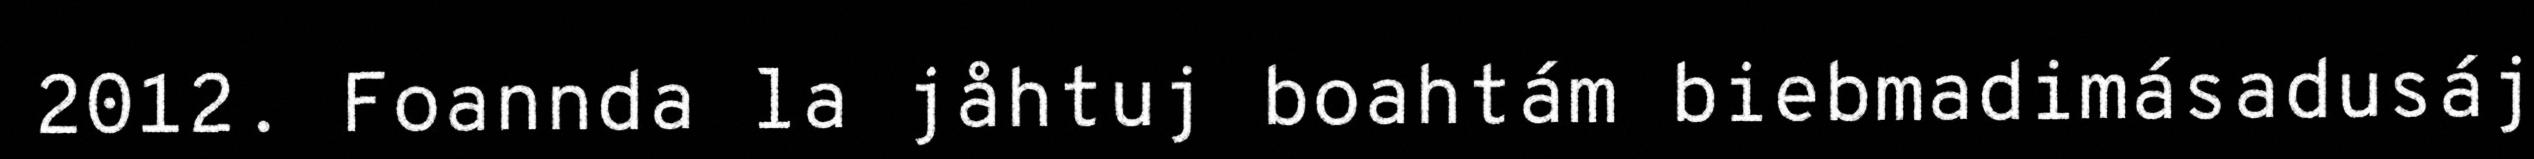
2012. Foannda la jåhtuj boahtám biebmadimásadusáj